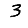
Digit: 3